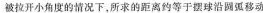
被拉开小角度的情况下，所求的距离约等于摆球沿圆弧移动